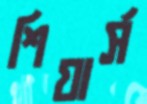
শিয়ার্স